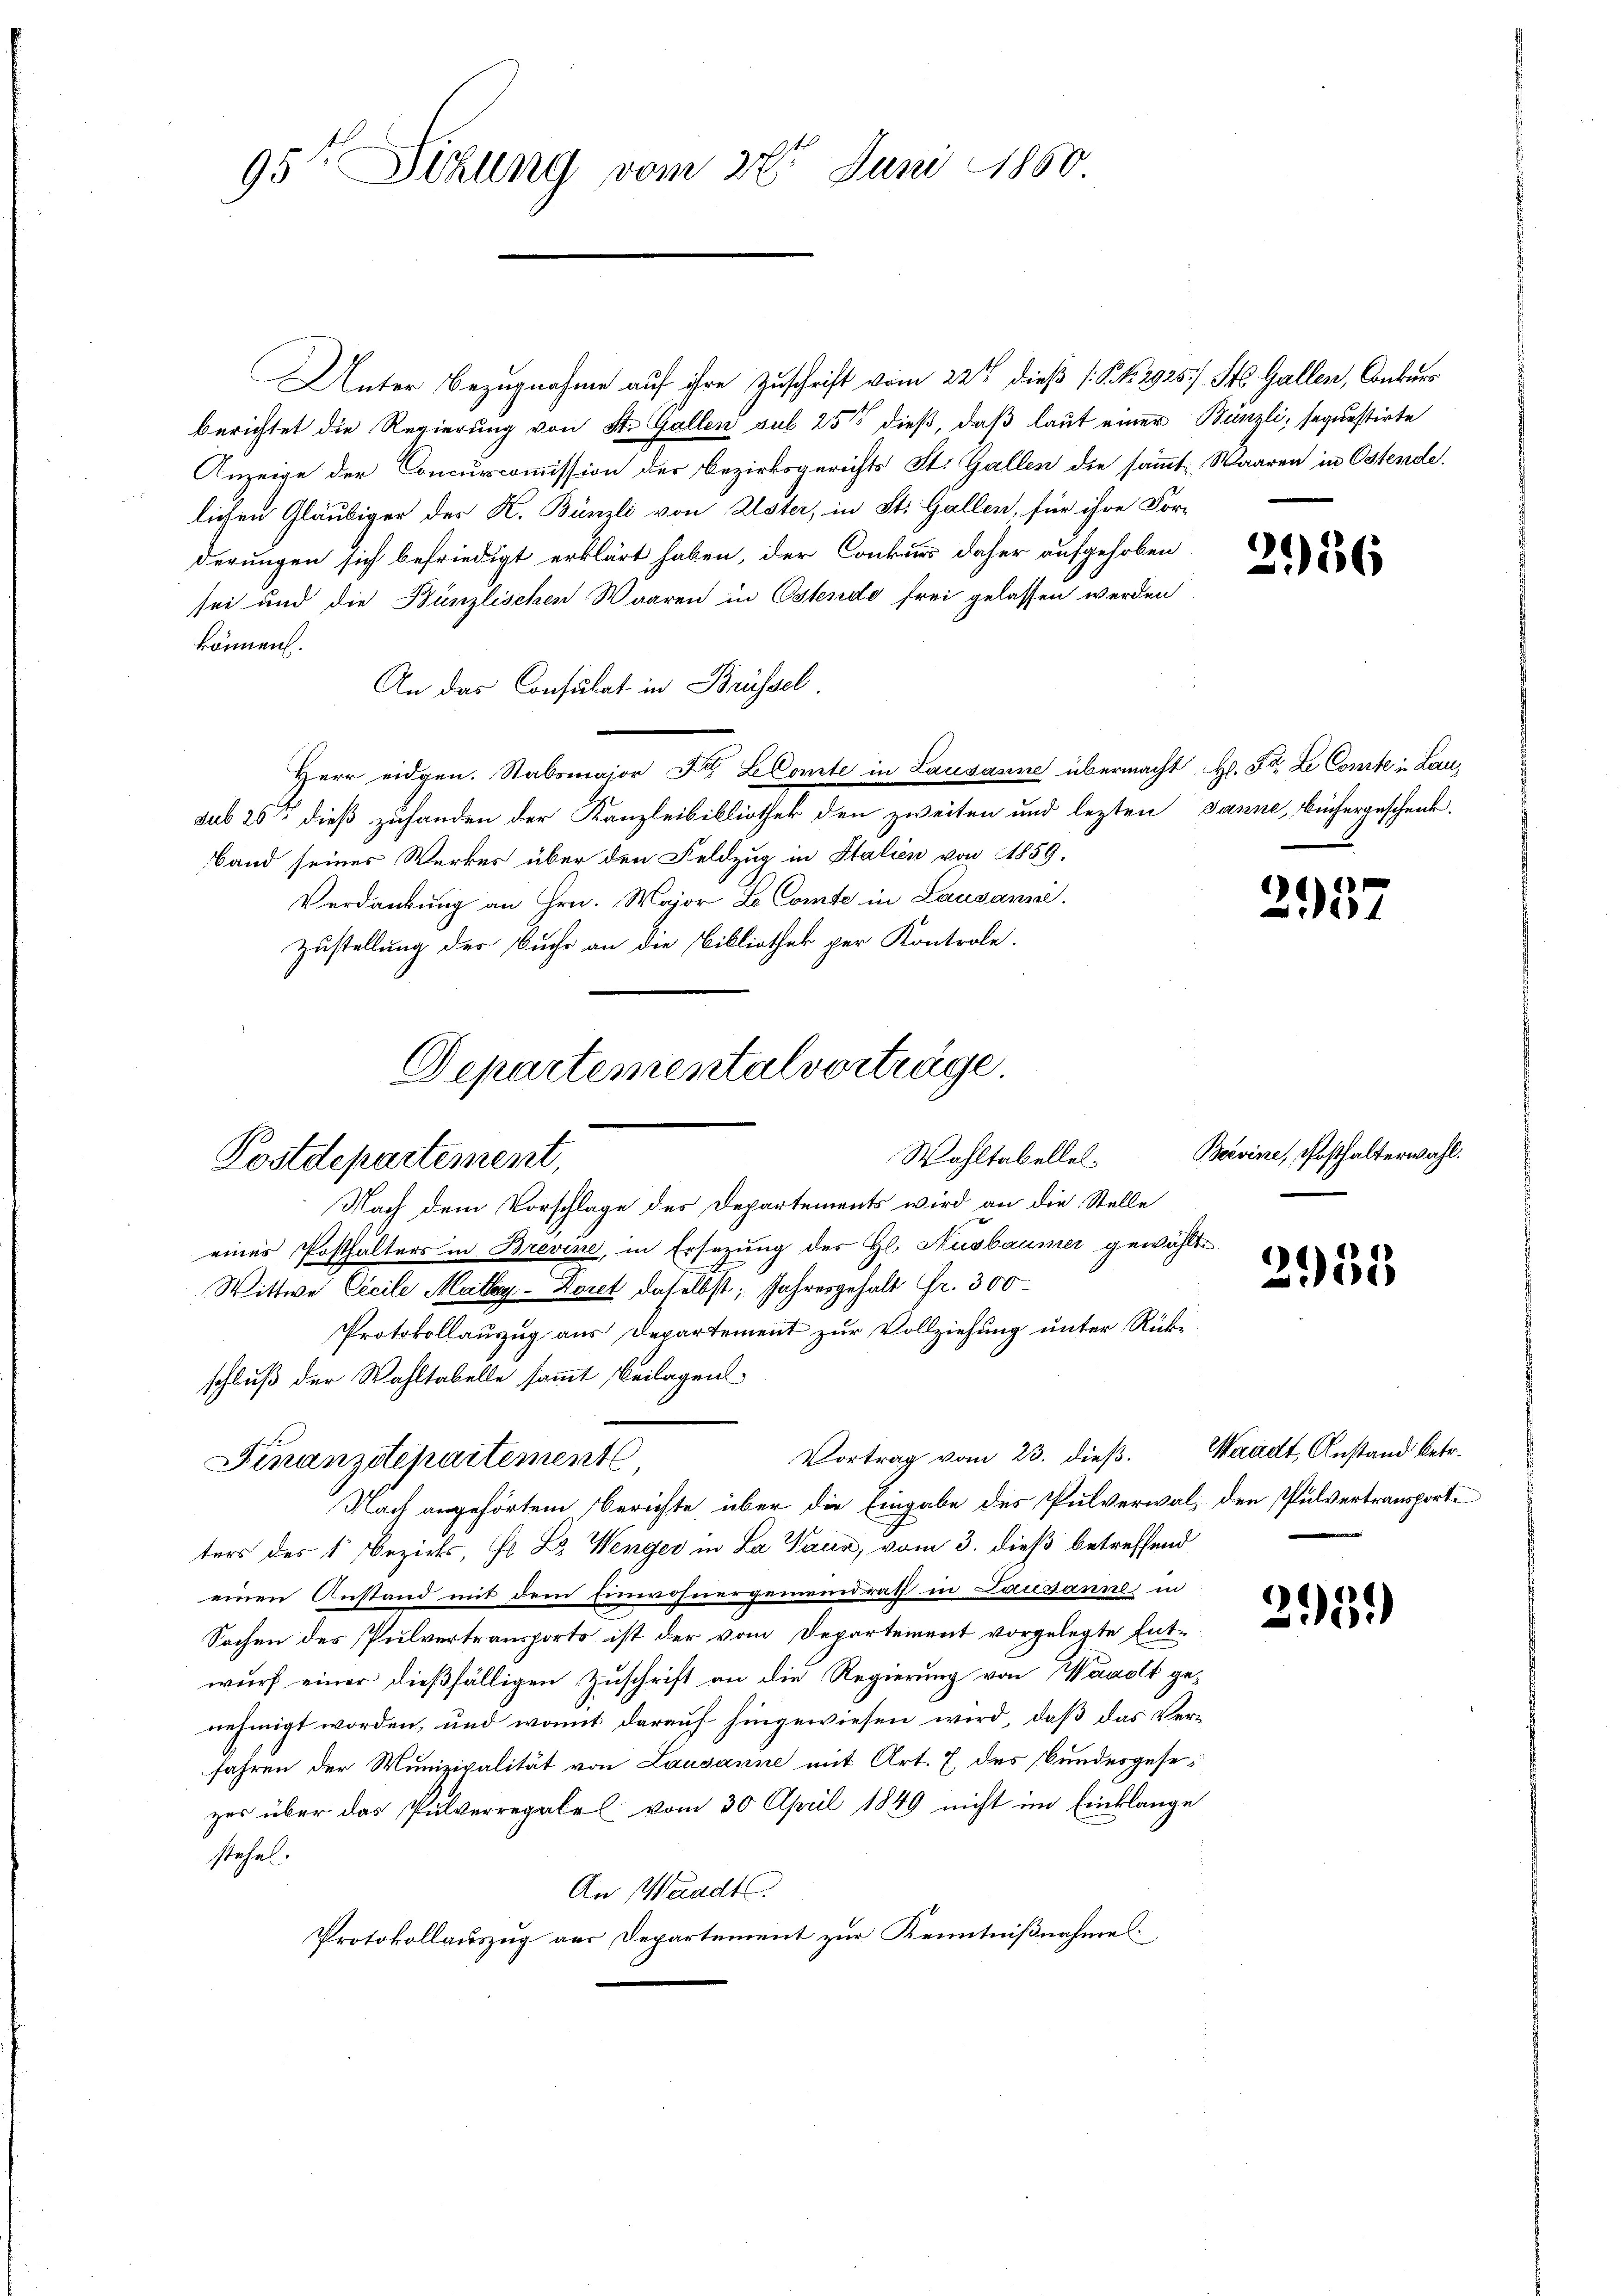
95te Sihlung vom 28t Juni 1860

Unter Bezugnahme auf ihre Zuschrift vom 22ten dieß (: S. 29257). St. Gallen, Conkurs
berichtet die Regierung von St. Gallen sub 25t dieß, daß laut einer Bünzli, sequestirte
Anzeige der Concurscommission der Bezirksgerichts St. Gallen die sämmt, Waaren in Ostende.
lichen Gläubiger des K. Bünzli von Uster, in St. Gallen, für ihre For-
derungen sich befriedigt erklärt haben, der Conkurs daher aufgehoben
sei und die Bünzlischen Waaren in Ostende frei gelassen werden
können.
An das Consulat in Brüssel.
Herr eidgen. Stabsmajor Dr LComte in Lausanne übermacht Hr. Fr. Le Comte in Lausub 25ste dieß zuhanden der Kanzleibibliothek den zweiten und lezten Janne, büchergeschenk¬
Band seines Werkes über den Feldzug in Italien von 1859.
Verdankung an Hrn. Major L. Comte in Lausanna.
Zustellung des Buchs an die Bibliothek per Kontrole.
Nach dem Vorschlage des Departements wird an die Stelle
eines Posthalters in Brevine, in Ersezung des Hl. Ausbaumer gewählte
Wittwe Cicile Mathy-Doret daselbst, Jahresgehalt Fr. 300
Protokollauszug aus Departement zur Vollziehung unter Rücke
schluß der Wahltabelle sammt Beilagens
Vortrag vom 23. dieß.
Finanzstepartement,
Nach angehörtem Berichte über die Eingabe des Pulverwal, den Pulvertransportiters des 1 Bezirks, Hr. Dr. Wenger in La Paus, vom 3. dieß betreffend
einen Anstand mit dem Einwohnergemeindrath in Lausanne in
Sachen des Pulvertransports ist der vom Departement vorgelegte Entwurf einer dießfälligen Zuschrift an die Regierung von Waadt ge-
nehmigt worden, und womit darauf hingewiesen wird, daß das Verfahren der Munizipalität von Lausanne mit Art. 7 des Bundesgesezer über das Pulverregale vom 30. April 1849 nicht im Einklange
stehel.
An Waadt.
Protokollauszug aus Departement zur Kenntnißnahme

Departementalvorträge.
Wahltabellel¬
Kostdepartement,

2136

2957

Beevine, Posthalterwahl.

)
2955

Waadt, Anstand betr.
.

295.)